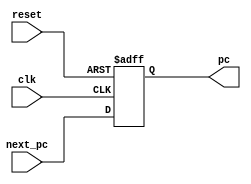
module contor_program(
    input wire clk,
    input wire reset,
    input wire [7:0] next_pc,
    output reg [7:0] pc
);
    always @(posedge clk or posedge reset) begin
        if (reset)
            pc <= 8'h00;
        else
            pc <= next_pc;
    end
endmodule